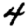
Digit: 4